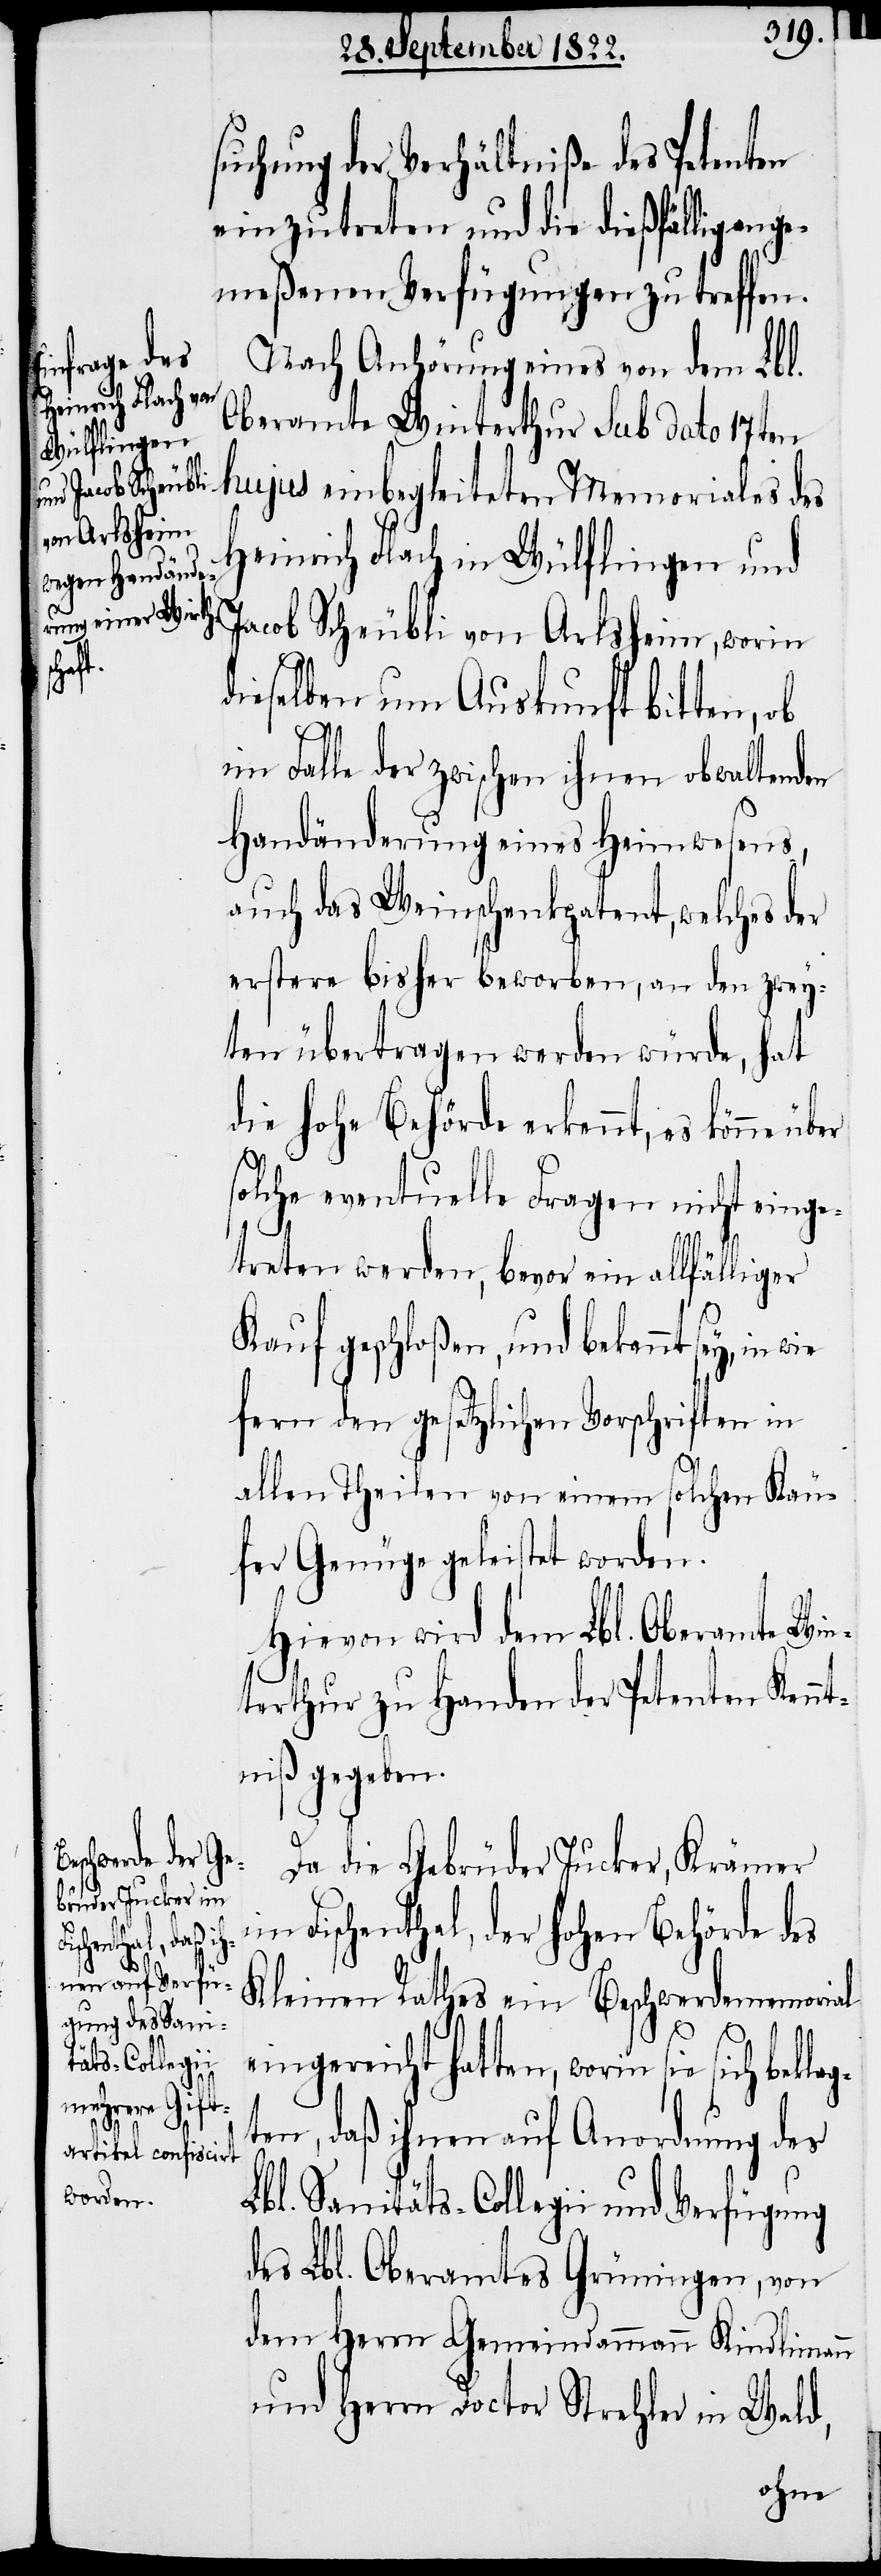
suchung der Verhältniße des Petenten
einzutreten und die dießfällig ang¬
emeßenen Verfügungen zu treffen.
Nach Anhörung eines von dem Lbl.
Oberamte Winterthur Sub dato 17ten
hujus einbegleiteten Memorials des
Heinrich Flach in Wülflingen und
Jacob Scheubli von Arlsheim, worin
sie
dieselben um Auskunft bitten, ob
im Falle der zwischen ihnen obwaltenden
Handänderung eines Heimwesens,
auch das Weinschenkpatent, welches d¬
erstere bisher beworben, an den zwey¬
ten übertragen werden würde, hat
die Hohe Behörde erkennt, es könne
solche eventuelle Fragen nicht einge¬
treten werden, bevor ein allfälliger
Kauf geschloßen, und bekannt sey, in wie
fern den gesetzlichen Vorschriften in
allen Theilen von einem solchen Käu¬
fer Genüge geleistet worden.
Hievon wird dem Lbl. Oberamte Win¬
terthur zu Handen der Petenten Kenn¬
tniß gegeben.
Da die Gebrüder Jucker, Krämer
Fischenthal, der Hohen Behörde des
sich beklag¬
Kleinen Rathes ein Beschwerdememorial
ten, daß ihnen auf Anordnung des
Lbl. Sanitäts-Collegii und Verfügung
des Lbl. Oberamtes Grüningen, von
dem Herrn Gemeindammann Kindlimann
und Herrn Doctor Strehler in Wald,